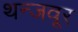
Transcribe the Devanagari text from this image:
थन्जवूर